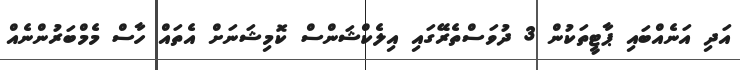
އަދި އަނެއްބައި ޕާޓީތަކުން 3 ދުވަސްތެރޭގައި އިލެކްޝަންސް ކޮމިޝަނަށް އެތައް ހާސް މެމްބަރުންނެއް